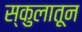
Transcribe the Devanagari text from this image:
स्कुलातून